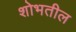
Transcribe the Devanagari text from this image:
शोभतील